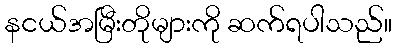
နငယ်အမြီးတိုများကို ဆက်ရပါသည်။